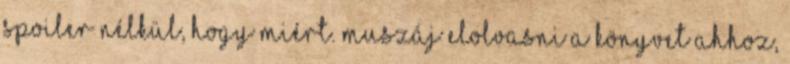
spoiler nélkül, hogy miért. Muszáj elolvasni a könyvet ahhoz,